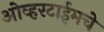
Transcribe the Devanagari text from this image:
ओव्हरटाईमचे